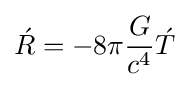
{\acute {R}}=-8\pi {G \over {c^{4}}}{\acute {T}}